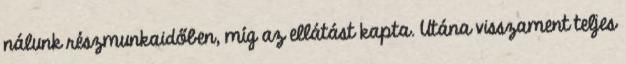
nálunk részmunkaidőben, míg az ellátást kapta. Utána visszament teljes